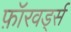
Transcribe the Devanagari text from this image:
फ़ॉरवर्ड्स